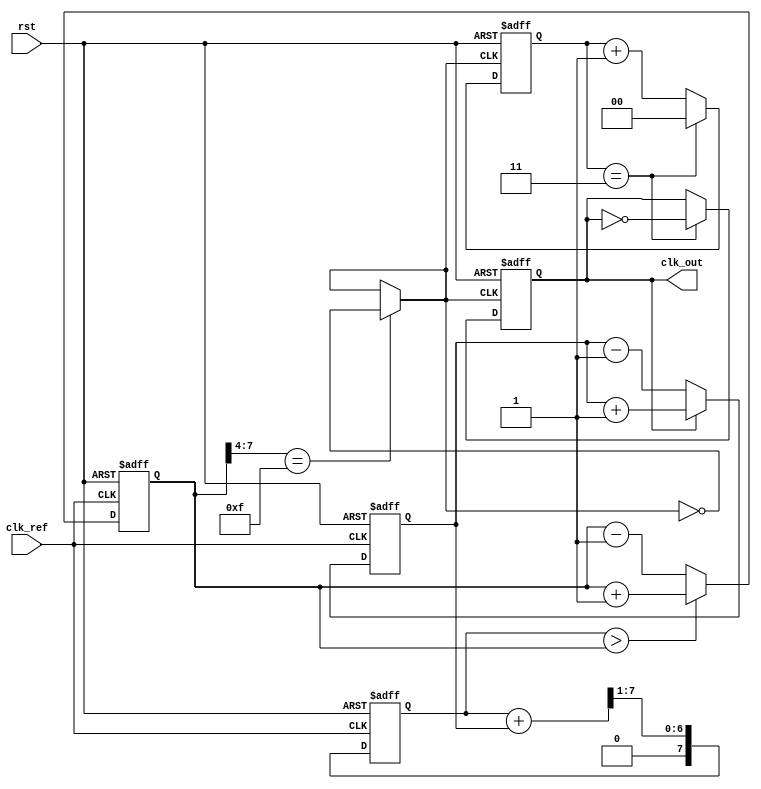
module PLL (
    input  wire clk_ref,      // Reference clock input
    input  wire rst,          // Asynchronous reset
    output wire clk_out       // Output clock
);

// Parameters
parameter DIV_FACTOR = 4;    // Frequency divider factor

// Internal Signals
reg [7:0] phase_error;         // Phase error signal
wire [7:0] control_voltage;     // Control voltage to VCO
wire clk_vco;                  // VCO output clock
reg clk_div;                   // Divided output clock
reg [1:0] divider_count;       // Divider state

// Phase Detector
always @(posedge clk_ref or posedge rst) begin
    if (rst) begin
        phase_error <= 0;
    end else begin
        // Simple phase detection logic
        if (clk_div) begin
            phase_error <= phase_error + 1; // Example phase error increment
        end else begin
            phase_error <= phase_error - 1; // Example phase error decrement
        end
    end
end

// Low Pass Filter
reg [7:0] lpf_output;
always @(posedge clk_ref or posedge rst) begin
    if (rst) begin
        lpf_output <= 0;
    end else begin
        // Simple LPF implementation
        lpf_output <= (lpf_output + phase_error) >> 1; // Basic averaging filter
    end
end

// Voltage-Controlled Oscillator (VCO)
reg [7:0] vco_count;
always @(posedge clk_ref or posedge rst) begin
    if (rst) begin
        vco_count <= 0;
    end else begin
        // Example VCO behavior
        vco_count <= (lpf_output > vco_count) ? vco_count + 1 : vco_count - 1; // Control based on LPF output
    end
end

assign clk_vco = (vco_count[7:4] == 4'b1111) ? ~clk_vco : clk_vco; // Example output clock toggling

// Frequency Divider
always @(posedge clk_vco or posedge rst) begin
    if (rst) begin
        divider_count <= 0;
        clk_div <= 0;
    end else begin
        divider_count <= divider_count + 1;
        if (divider_count == DIV_FACTOR - 1) begin
            clk_div <= ~clk_div;               // Toggle output every DIV_FACTOR ticks
            divider_count <= 0;                // Reset counter
        end
    end
end

// Output Clock
assign clk_out = clk_div;

endmodule